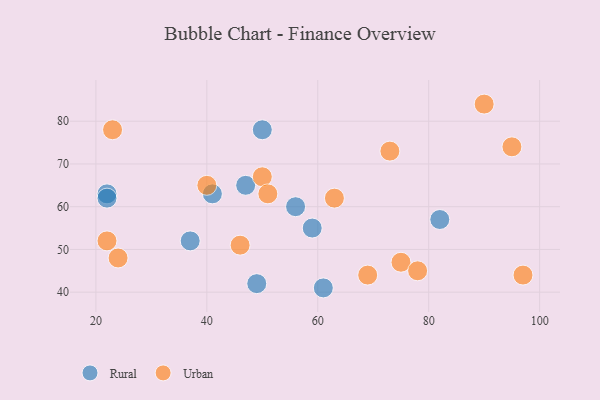
{"axis": {"x": "GDP", "y": "Life Expectancy"}, "legend": ["Rural", "Urban"], "data": [{"x": "37", "y": 52, "type": "Rural"}, {"x": "47", "y": 65, "type": "Rural"}, {"x": "50", "y": 78, "type": "Rural"}, {"x": "59", "y": 55, "type": "Rural"}, {"x": "56", "y": 60, "type": "Rural"}, {"x": "49", "y": 42, "type": "Rural"}, {"x": "22", "y": 63, "type": "Rural"}, {"x": "61", "y": 41, "type": "Rural"}, {"x": "41", "y": 63, "type": "Rural"}, {"x": "82", "y": 57, "type": "Rural"}, {"x": "22", "y": 62, "type": "Rural"}, {"x": "40", "y": 65, "type": "Urban"}, {"x": "73", "y": 73, "type": "Urban"}, {"x": "75", "y": 47, "type": "Urban"}, {"x": "69", "y": 44, "type": "Urban"}, {"x": "63", "y": 62, "type": "Urban"}, {"x": "46", "y": 51, "type": "Urban"}, {"x": "50", "y": 67, "type": "Urban"}, {"x": "97", "y": 44, "type": "Urban"}, {"x": "23", "y": 78, "type": "Urban"}, {"x": "95", "y": 74, "type": "Urban"}, {"x": "51", "y": 63, "type": "Urban"}, {"x": "24", "y": 48, "type": "Urban"}, {"x": "90", "y": 84, "type": "Urban"}, {"x": "22", "y": 52, "type": "Urban"}, {"x": "78", "y": 45, "type": "Urban"}]}